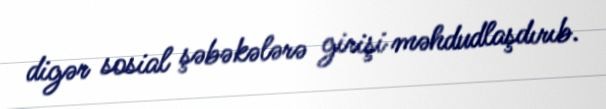
digər sosial şəbəkələrə girişi məhdudlaşdırıb.